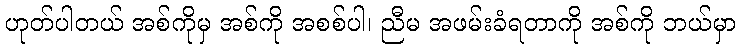
ဟုတ်ပါတယ် အစ်ကိုမှ အစ်ကို အစစ်ပါ၊ ညီမ အဖမ်းခံရတာကို အစ်ကို ဘယ်မှာ